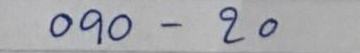
090 - 20